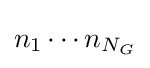
n_{1}\cdots n_{N_{G}}